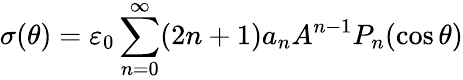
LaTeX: \sigma(\theta)=\varepsilon_{0}\sum_{n=0}^{\infty}(2n+1)a_{n}A^{n-1}P_{n}(\cos\theta)